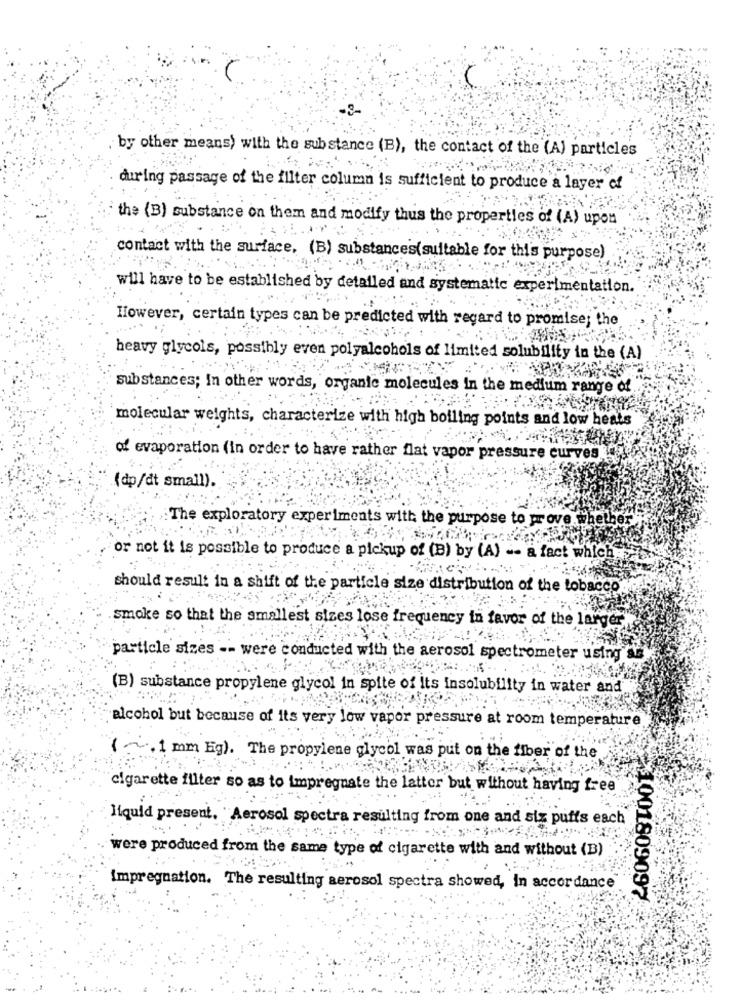
by other means) with the substance (B), the contact of the (A) particles
during passage of the filter column is sufficient to produce a layer of
the (B) substance on them and modify thus the properties of (A) upon
contact with the surface, (B) substances(suitable for this purpose)
will have to be established by detailed and systematic experimentation.
However, certain types can be predicted with regard to promise; the
heavy glycols, possibly even polyalcohols of limited solubility in the (A)
substances; In other words, organic molecules in the medium range of
molecular weights, characterize with high boiling points and low heats
of evaporation (in order to have rather flat vapor pressure curves
(dp/dt small).
The exploratory experiments with the purpose to prove whether
or not it is possible to produce a pickup of (B) by (A) -- a fact which
should result in a shift of the particle size distribution of the tobacco
smoke so that the smallest sizes lose frequency in favor of the larger,
particle sizes -- were conducted with the aerosol spectrometer using de
(B) substance propylene glycol in spite of its insolubility in water and
alcohol but because of its very low vapor pressure at room temperature
( .1 mm hg). The propylene glycol was put on the fiber of the
cigarette filter so as to impregnate the latter but without having free
liquid present. "Aerosol spectra resulting from one and siz puffs each
were produced from the same type of cigarette with and without (B)
Impregnation. The resulting aerosol spectra showed, In accordance
$1001809097